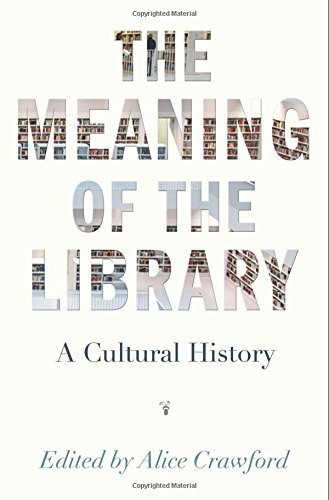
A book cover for The Meaning of the Library: A Cultural History; Politics & Social Sciences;